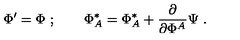
\Phi ^ { \prime } = \Phi \ ; \qquad \Phi _ { A } ^ { * } = \Phi _ { A } ^ { * } + \frac { \partial } { \partial \Phi ^ { A } } \Psi \ .